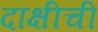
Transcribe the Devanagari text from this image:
दाक्षीची